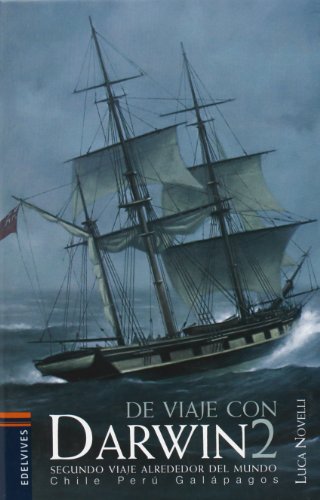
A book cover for De viaje con Darwin   2 (Spanish Edition); Luca Novelli; Teen & Young Adult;